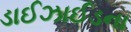
ડાઈઝાઈડના